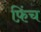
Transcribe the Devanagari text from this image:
फ़िंच